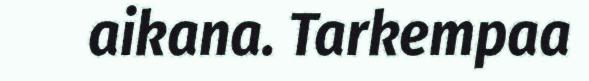
aikana. Tarkempaa